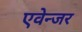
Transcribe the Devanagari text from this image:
एवेन्जर